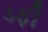
ડફી